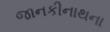
જાનકીનાથના